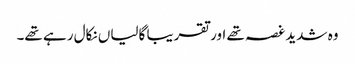
وہ شدید غصہ تھے اور تقریبا گالیاں نکال رہے تھے۔